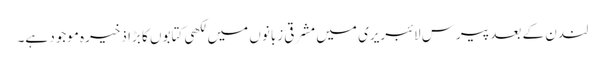
لندن کے بعد پیرس لائبریری میں مشرقی زبانوں میں لکھی کتابوں کا بڑا ذخیرہ موجود ہے۔